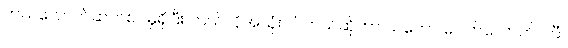
ဘယ်လောက်ဆက်စပ်မှုရှိပြီး ဘယ်လိုအသုံးဝင်တယ်ဆိုတာ သဘော ပေါက်လောက်ပါပြီ။